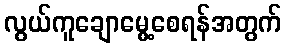
လွယ်ကူချောမွေ့စေရန်အတွက်